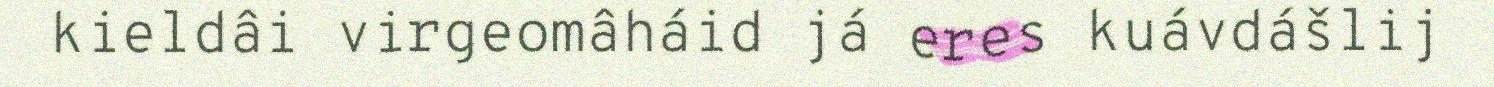
kieldâi virgeomâháid já eres kuávdášlij